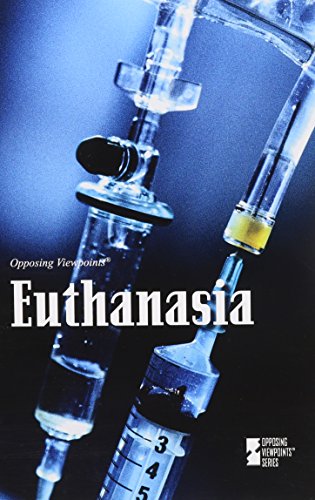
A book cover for Euthanasia (Opposing Viewpoints); Margaret Haerens; Teen & Young Adult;